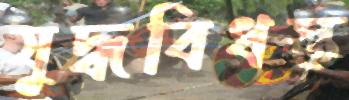
যুদ্ধবিধস্ত